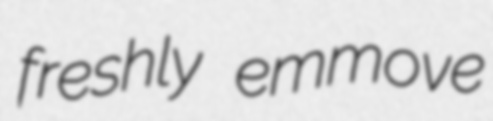
freshly emmove